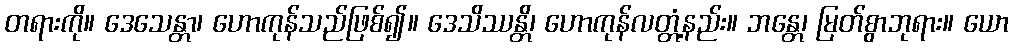
တရားကို။ ဒေသေန္တာ၊ ဟောကုန်သည်ဖြစ်၍။ ဒေသိဿန္တိ၊ ဟောကုန်လတ္တံ့နည်း။ ဘန္တေ၊ မြတ်စွာဘုရား။ ယော